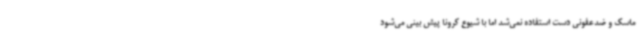
ماسک و ضدعفونی دست استفاده نمی‌شد اما با شیوع کرونا پیش بینی می‌شود